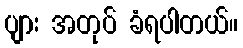
ပျား အတုပ် ခံရပါတယ်။